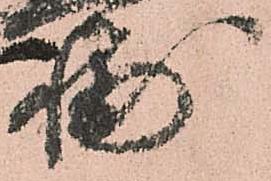
輔